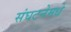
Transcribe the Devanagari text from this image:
संघटनेमधे